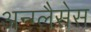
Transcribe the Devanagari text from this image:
अन्ग्लैसेस